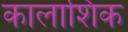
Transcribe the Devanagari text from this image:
कालाशिक